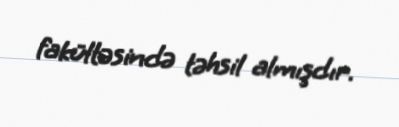
fakültəsində təhsil almışdır.